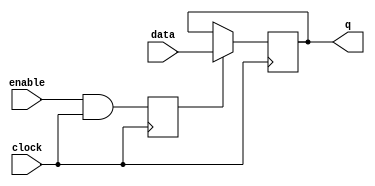
module data_enable_latch(
    input data,
    input enable,
    output reg q,
    input clock
);

reg d;
reg and_output;
reg mux_output;

always @(posedge clock) begin
    d <= data;
    and_output <= enable & clock;
    mux_output <= (and_output) ? data : q;
end

assign q = mux_output;

endmodule